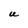
Character: U